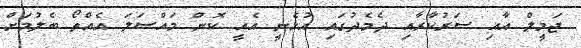
ޖަމީލް އާއި ސަރުކާރާއި ދެމެދުގައި އުޅެނީ އެއީ ކޮން މައްސަލަ އެއްތޯ ބެލުމަށް